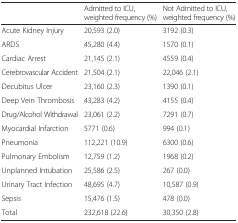
|  | Admitted to ICU, weighted frequency (%) | Not Admitted to ICU, weighted frequency (%) |
 | --- | --- | --- |
 | Acute Kidney Injury | 20,593 (2.0) | 3192 (0.3) |
 | ARDS | 45,280 (4.4) | 1570 (0.1) |
 | Cardiac Arrest | 21,145 (2.1) | 4559 (0.4) |
 | Cerebrovascular Accident | 21,504 (2.1) | 22,046 (2.1) |
 | Decubitus Ulcer | 23,160 (2.3) | 1390 (0.1) |
 | Deep Vein Thrombosis | 43,283 (4.2) | 4155 (0.4) |
 | Drug/Alcohol Withdrawal | 23,061 (2.2) | 7291 (0.7) |
 | Myocardial Infarction | 5771 (0.6) | 994 (0.1) |
 | Pneumonia | 112,221 (10.9) | 6300 (0.6) |
 | Pulmonary Embolism | 12,759 (1.2) | 1968 (0.2) |
 | Unplanned Intubation | 25,586 (2.5) | 267 (0.0) |
 | Urinary Tract Infection | 48,695 (4.7) | 10,587 (0.9) |
 | Sepsis | 15,476 (1.5) | 478 (0.0) |
 | Total | 232,618 (22.6) | 30,350 (2.8) |